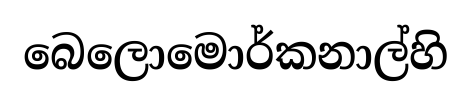
බෙලොමොර්කනාල්හි